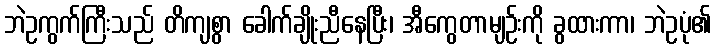
ဘဲဥကွက်ကြီးသည် တိကျစွာ ခေါက်ချိုးညီနေပြီး၊ အီကွေတာမျဉ်းကို ခွထားကာ၊ ဘဲဥပုံ၏